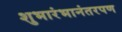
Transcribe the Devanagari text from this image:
शुभारंभानंतरपण